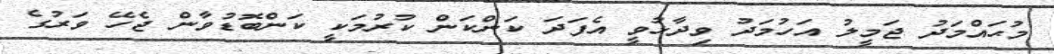
މުޙައްމަދު ޖަމީލު އަހުމަދު ވިދާޅުވީ އެފަދަ ކަންކަން ކުރުމަކީ ކަންބޮޑުވާން ޖެހޭ ވަރުގެ